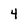
Character: 4